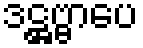
ဒဋ္ဌဗ္ဗာပေ